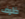
ظرف